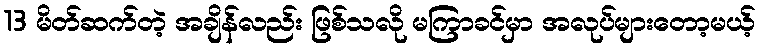
13 မိတ်ဆက်တဲ့ အချိန်လည်း ဖြစ်သလို မကြာခင်မှာ အလုပ်များတော့မယ့်